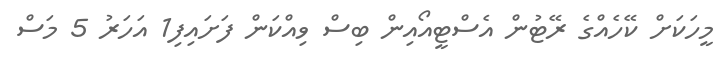
މީހަކަށް ކޭހެއްގެ ރޭޓުން އެސްޓީއޯއިން ބިސް ވިއްކަން ފަށައިފި1 އަހަރު 5 މަސް